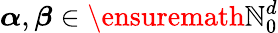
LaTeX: {\boldsymbol{\alpha}},{\boldsymbol{\beta}}\in\ensuremath{\mathbb{N}}_{0}^{d}